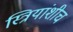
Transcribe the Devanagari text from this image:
स्त्रियांशीच